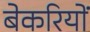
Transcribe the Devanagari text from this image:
बेकरियों